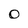
Character: O